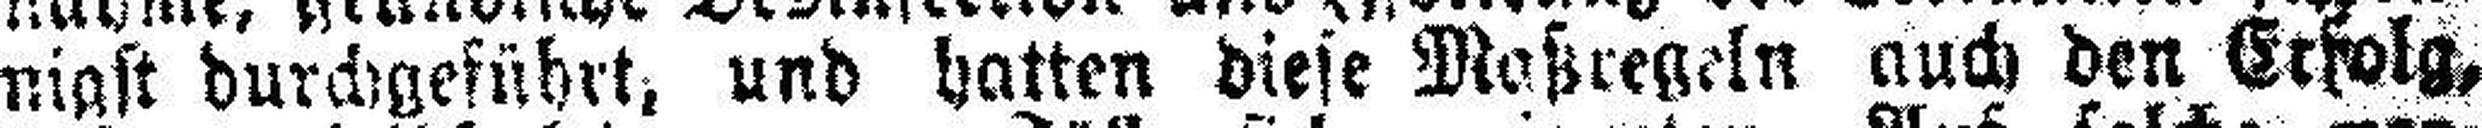
nigst durchgeführt, und hatten diese Maßregeln auch den Erfolg,